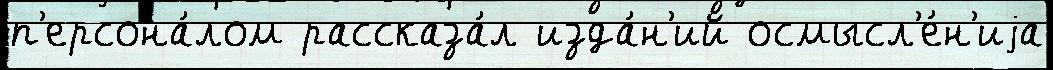
п'ерсона́лом рассказа́л изда́н'ий осмысл'е́н'иjа